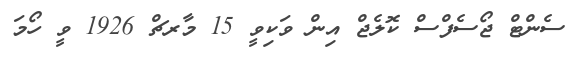
ސެންޓް ޖޯސެފްސް ކޮލެޖް އިން ވަކިވީ 15 މާރޗް 1926 ވީ ހޯމަ